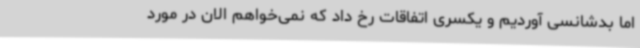
اما بدشانسی آوردیم و یکسری اتفاقات رخ داد که نمی‌خواهم الان در مورد